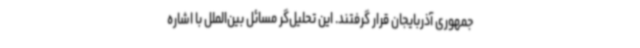
جمهوری آذربایجان قرار گرفتند. این تحلیل‌گر مسائل بین‌الملل با اشاره